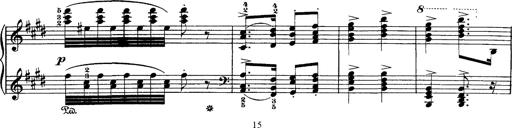
Title: Hungarian Rhapsody No.1
Composer: Franz Liszt
Key: C-sharp minor